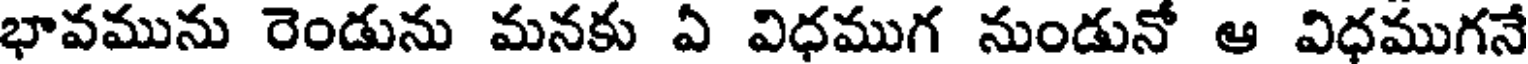
భావమును రెండును మనకు ఏ విధముగ నుండునో ఆ విధముగనే